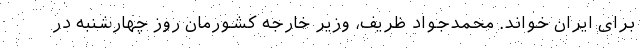
برای ایران خواند. محمدجواد ظریف، وزیر خارجه کشورمان روز چهارشنبه در